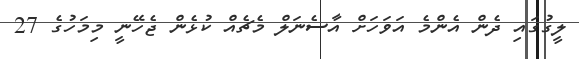
ލީގުގައި ދެން އެންމެ އަވަހަށް އާސެނަލް މެޗެއް ކުޅެން ޖެހޭނީ މިމަހުގެ 27